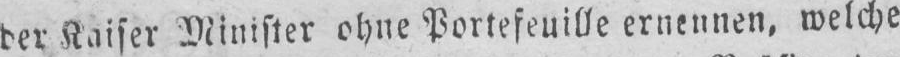
der Kaiser Minister ohne Portefeuille ernennen, welche